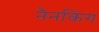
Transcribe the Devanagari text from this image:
नैनकिंग